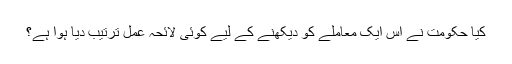
کیا حکومت نے اس ایک معاملے کو دیکھنے کے لیے کوئی لائحہ عمل ترتیب دیا ہوا ہے؟